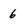
Character: 6